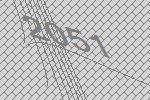
2051